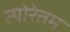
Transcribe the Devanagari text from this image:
त्योरेतम